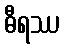
ဓီရဿ